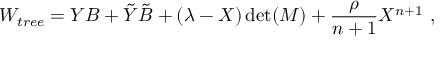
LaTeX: { \cal W } _ { t r e e } = Y B + { \tilde { Y } } { \tilde { B } } + ( \lambda - X ) \operatorname * { d e t } ( M ) + { \frac { \rho } { n + 1 } } X ^ { n + 1 } ~ ,